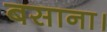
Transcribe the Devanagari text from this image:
बसाना।